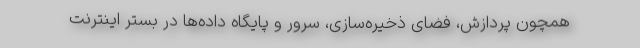
همچون پردازش، فضای ذخیره‌سازی، سرور و پایگاه داده‌ها در بستر اینترنت